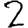
Digit: 2